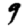
Digit: 9